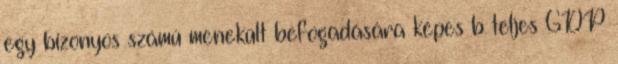
egy bizonyos számú menekült befogadására képes b teljes GDP